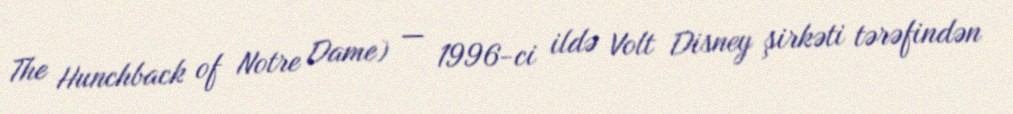
The Hunchback of Notre Dame) — 1996-ci ildə Volt Disney şirkəti tərəfindən